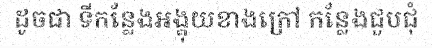
ដូចជា ទីកន្លែងអង្គុយខាងក្រៅ កន្លែងជួបជុំ